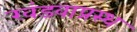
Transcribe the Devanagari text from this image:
खंडवाप्रस्थ